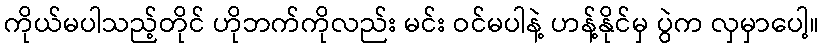
ကိုယ်မပါသည့်တိုင် ဟိုဘက်ကိုလည်း မင်း ဝင်မပါနဲ့ ဟန့်နိုင်မှ ပွဲက လှမှာပေါ့။